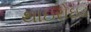
થાઇરોઇડ